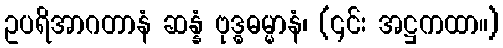
ဥပရိအာဂတာနံ ဆန္နံ ဗုဒ္ဓဓမ္မာနံ၊ (၎င်း အဋ္ဌကထာ။)